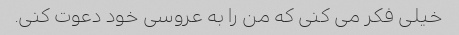
خیلی فکر می کنی که من را به عروسی خود دعوت کنی.